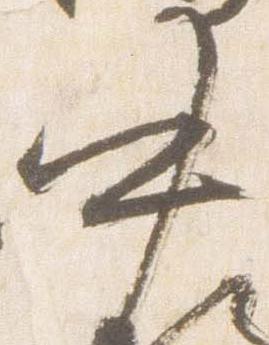
中